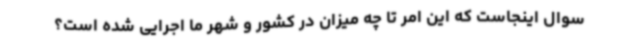
سوال اینجاست که این امر تا چه میزان در کشور و شهر ما اجرایی شده است؟